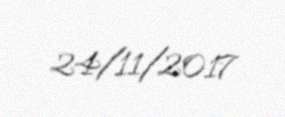
24/11/2017